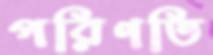
পরিণতি